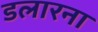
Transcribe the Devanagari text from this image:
डलारना